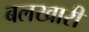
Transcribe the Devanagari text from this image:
बलखारी